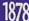
1878